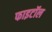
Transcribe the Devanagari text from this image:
फाइटॉल